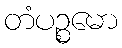
တံပဉ္စမော